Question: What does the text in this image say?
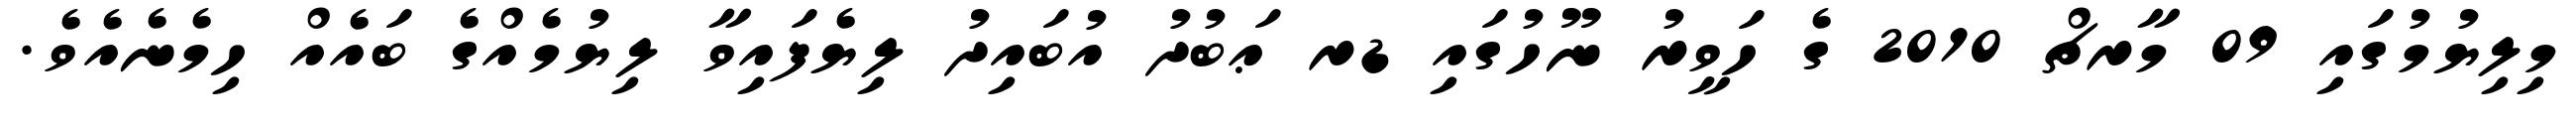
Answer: މިލިޔުމުގައި 09 މާރޗް 2010 ގެ ހަވީރު ނޫހުގައި ޑރ ޢަބުދު އުބައިދު ލިޔެފައިވާ ލިޔުމެއްގެ ބައެއް ހިމެނެއެވެ.